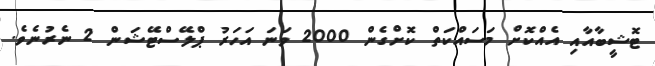
ޓޮޝީބާއާއި އެއްކޮށް މަސައްކަތް ކޮށްގެން 2000 ވަނަ އަހަރު ޕްލޭސްޓޭޝަން 2 ނެރުނެވެ.